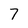
Character: 7